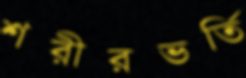
শরীরভর্তি